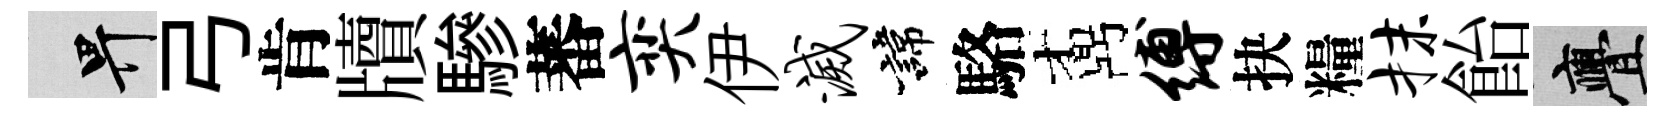
畀弓肯牘驂蕃奕伊灭諱駱鼒缚抉糧抹飴亹